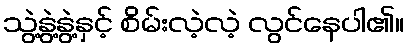
သွဲ့နွဲ့နွဲ့နှင့် စိမ်းလဲ့လဲ့ လွင်နေပါ၏။